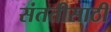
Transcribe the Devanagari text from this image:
संततीसाठी